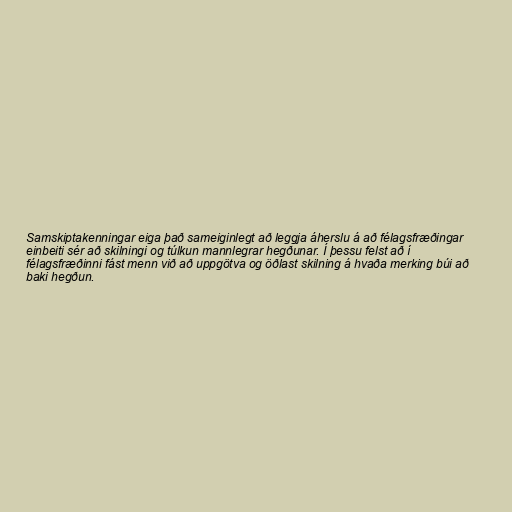
Samskiptakenningar eiga það sameiginlegt að leggja áherslu á að félagsfræðingar
einbeiti sér að skilningi og túlkun mannlegrar hegðunar. Í þessu felst að í
félagsfræðinni fást menn við að uppgötva og öðlast skilning á hvaða merking búi að
baki hegðun.